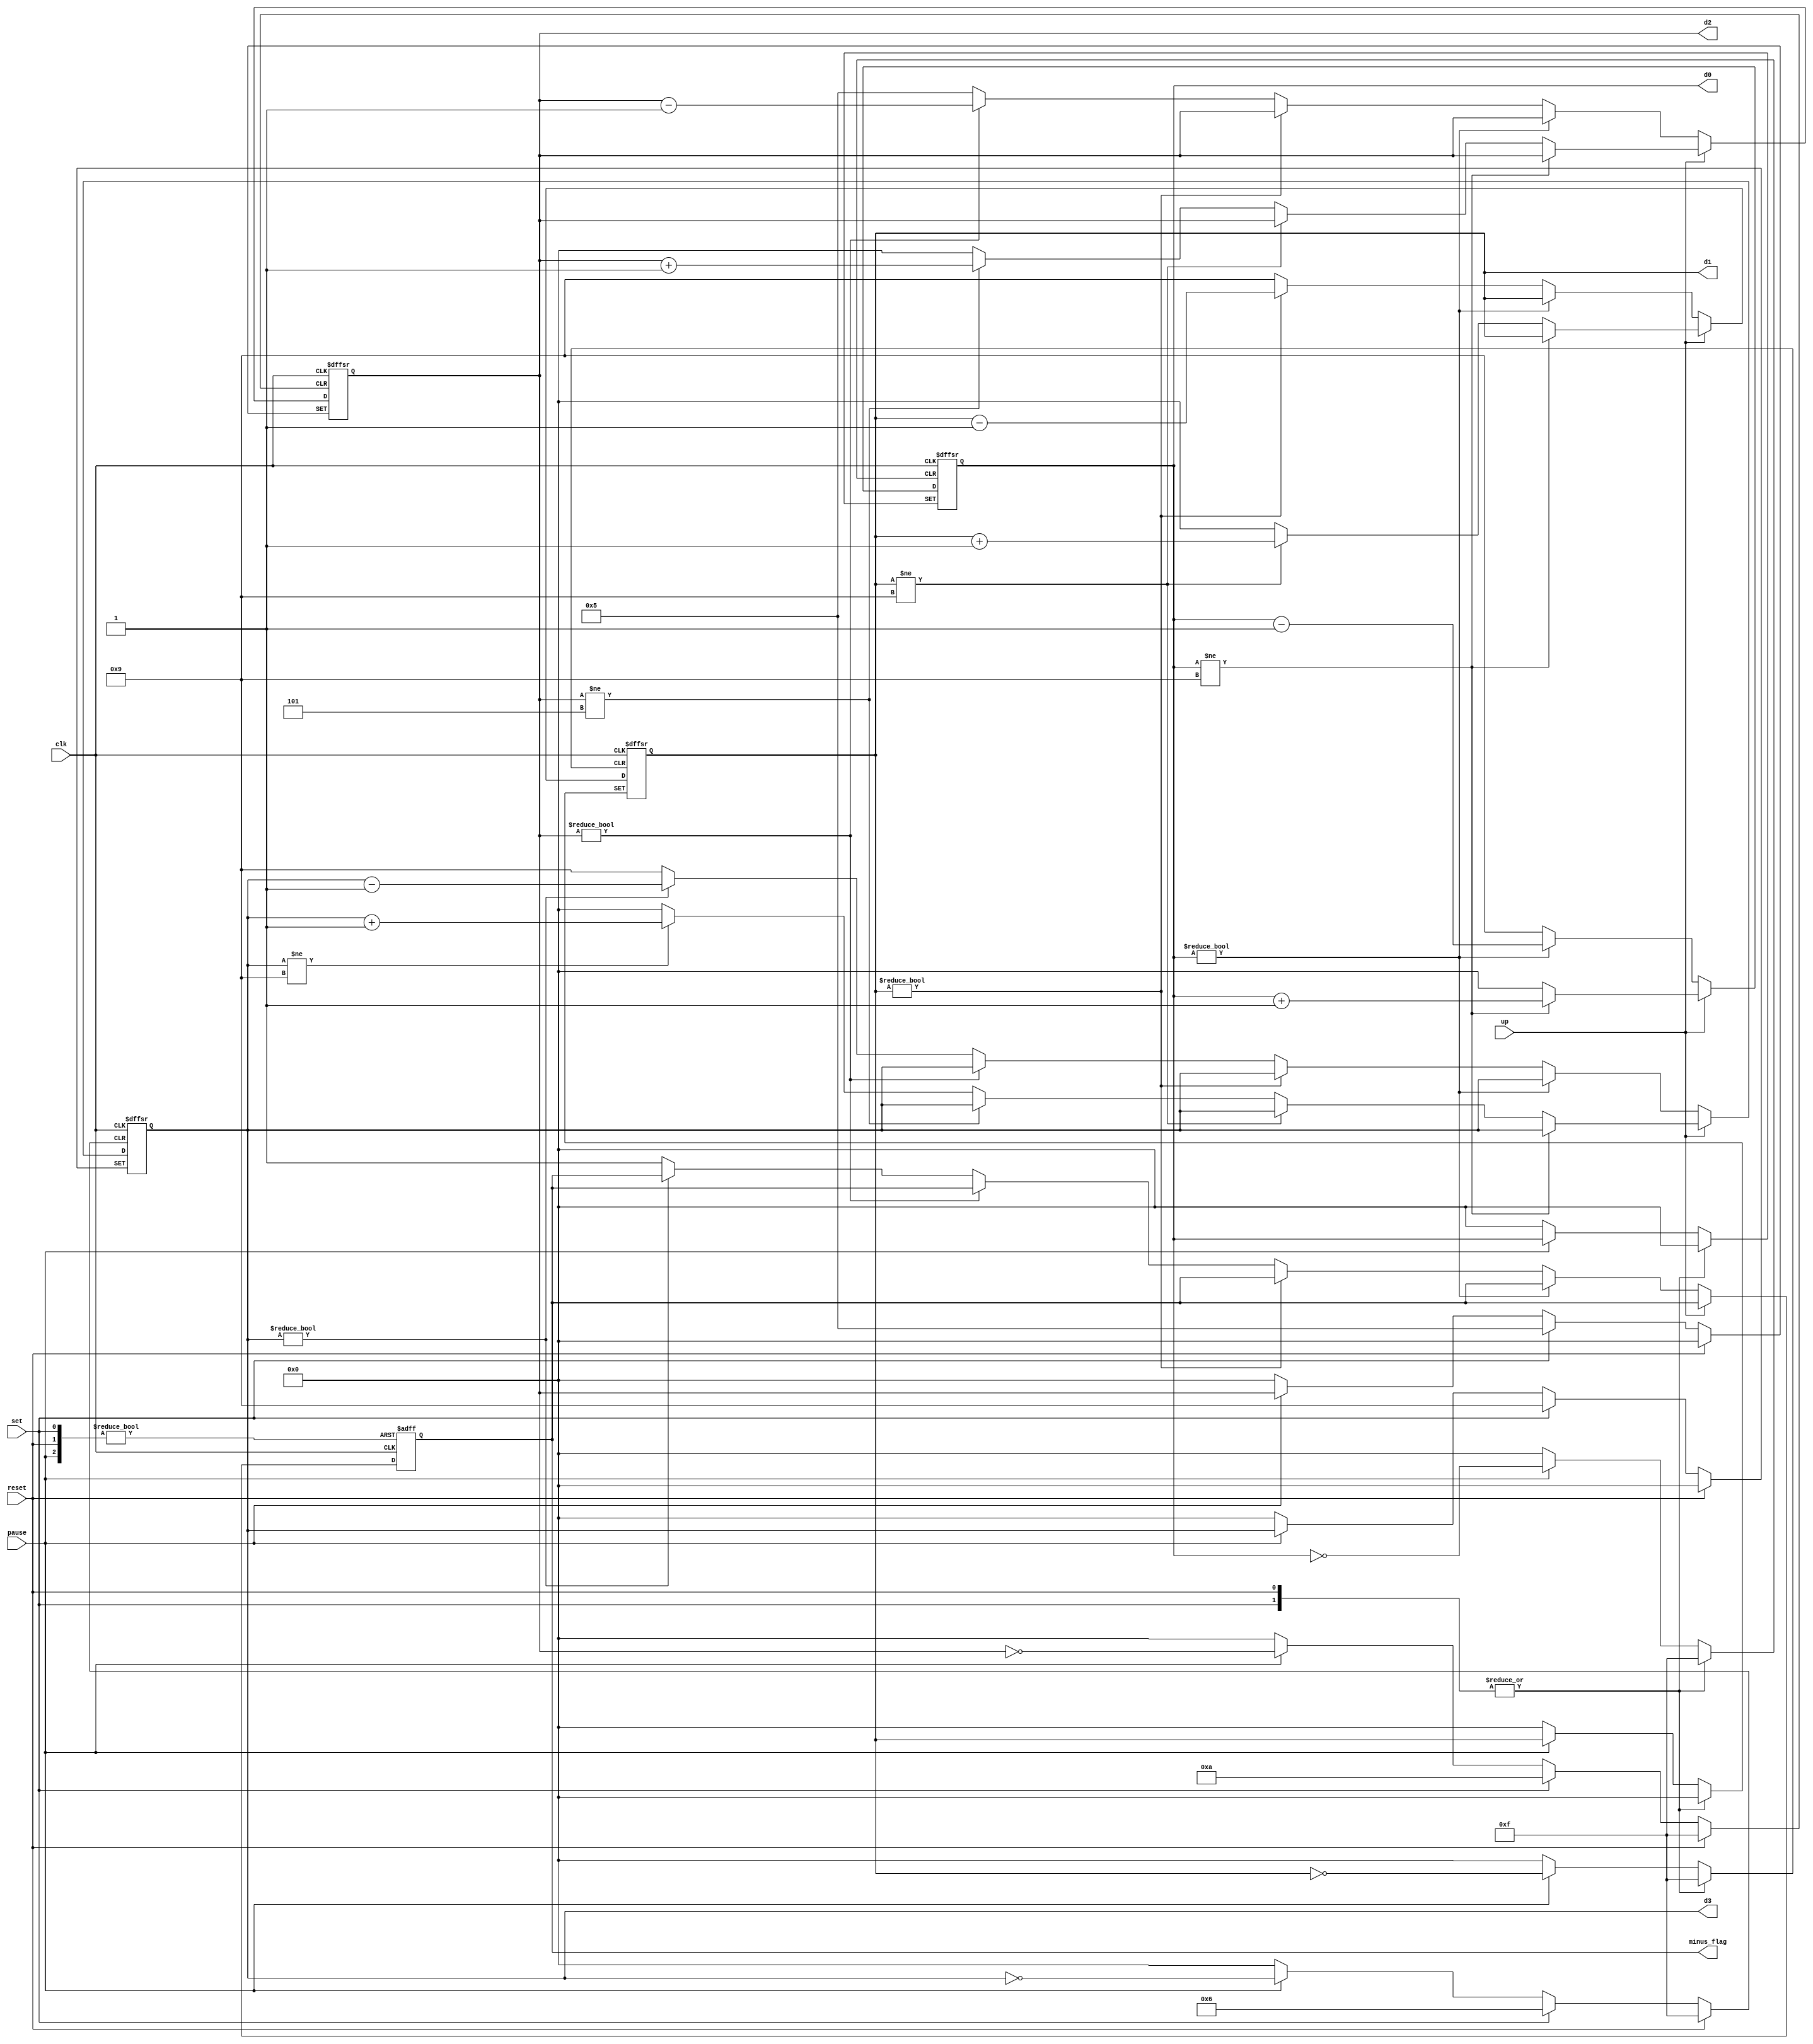
module stop_watch
(
    input clk,
    input reset,
    input set,
    input pause,
    input up,
    output reg [3:0] d2,d1,d0,d3,
    output reg minus_flag
);
always @(posedge clk or posedge reset or posedge set or posedge pause) begin
    if (reset) begin
        d3 <= 0;
        d2 <= 0;
        d1 <= 0;
        d0 <= 0;
        minus_flag <=0;
    end
    else if (set) begin
        d3 <= 9;
        d2 <= 5;
        d1 <= 0;
        d0 <= 0;
        minus_flag <=0;
    end
    else if (pause) begin
        d3 <=d3;
        d2 <=d2;
        d1 <=d1;
        d0 <=d0;
        minus_flag <=0;
    end
    else begin
        if (up) begin
            if (d0 !=9) begin
                d0 <= d0 + 1;
            end
            else begin
                d0 <=0;
                if (d1 !=9) begin
                    d1 <= d1 +1;
                end
                else begin
                    d1 <=0;
                    if (d2 !=5) begin
                        d2 <= d2+1;
                    end
                    else begin
                        d2 <=0;
                        if (d3 !=9) begin
                            d3 <= d3+1;
                        end
                        else d3 <=0;
                        end
                    end
                end
            end
        else begin
            if (d0 !=0) begin
                d0 <= d0-1;
            end
            else begin
                d0 <= 9;
                if (d1 !=0) begin
                    d1 <= d1-1;
                end
                else begin
                    d1 <=9;
                    if (d2 !=0) begin
                        d2 <=d2 -1;
                    end
                    else begin
                        d2 <= 5;
                        if (d3 !=0) begin
                            d3 <=d3 -1;
                        end
                        else begin
                            d3 <=9;
                            minus_flag <=1;
                        end
                    end
                end
            end
        end
    end
end

endmodule